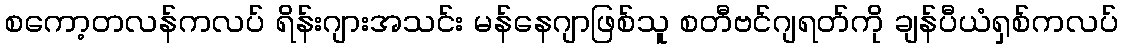
စကော့တလန်ကလပ် ရိန်းဂျားအသင်း မန်နေဂျာဖြစ်သူ စတီဗင်ဂျရတ်ကို ချန်ပီယံရှစ်ကလပ်